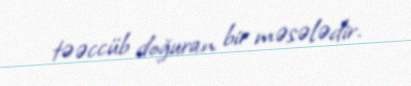
təəccüb doğuran bir məsələdir.